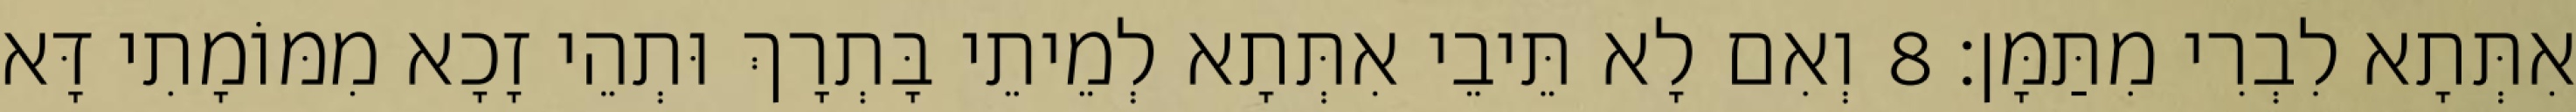
אִתְּתָא לִבְרִי מִתַּמָּן׃ 8 וְאִם לָא תֵּיבֵי אִתְּתָא לְמֵיתֵי בָּתְרָךְ וּתְהֵי זָכָא מִמּוֹמָתִי דָּא